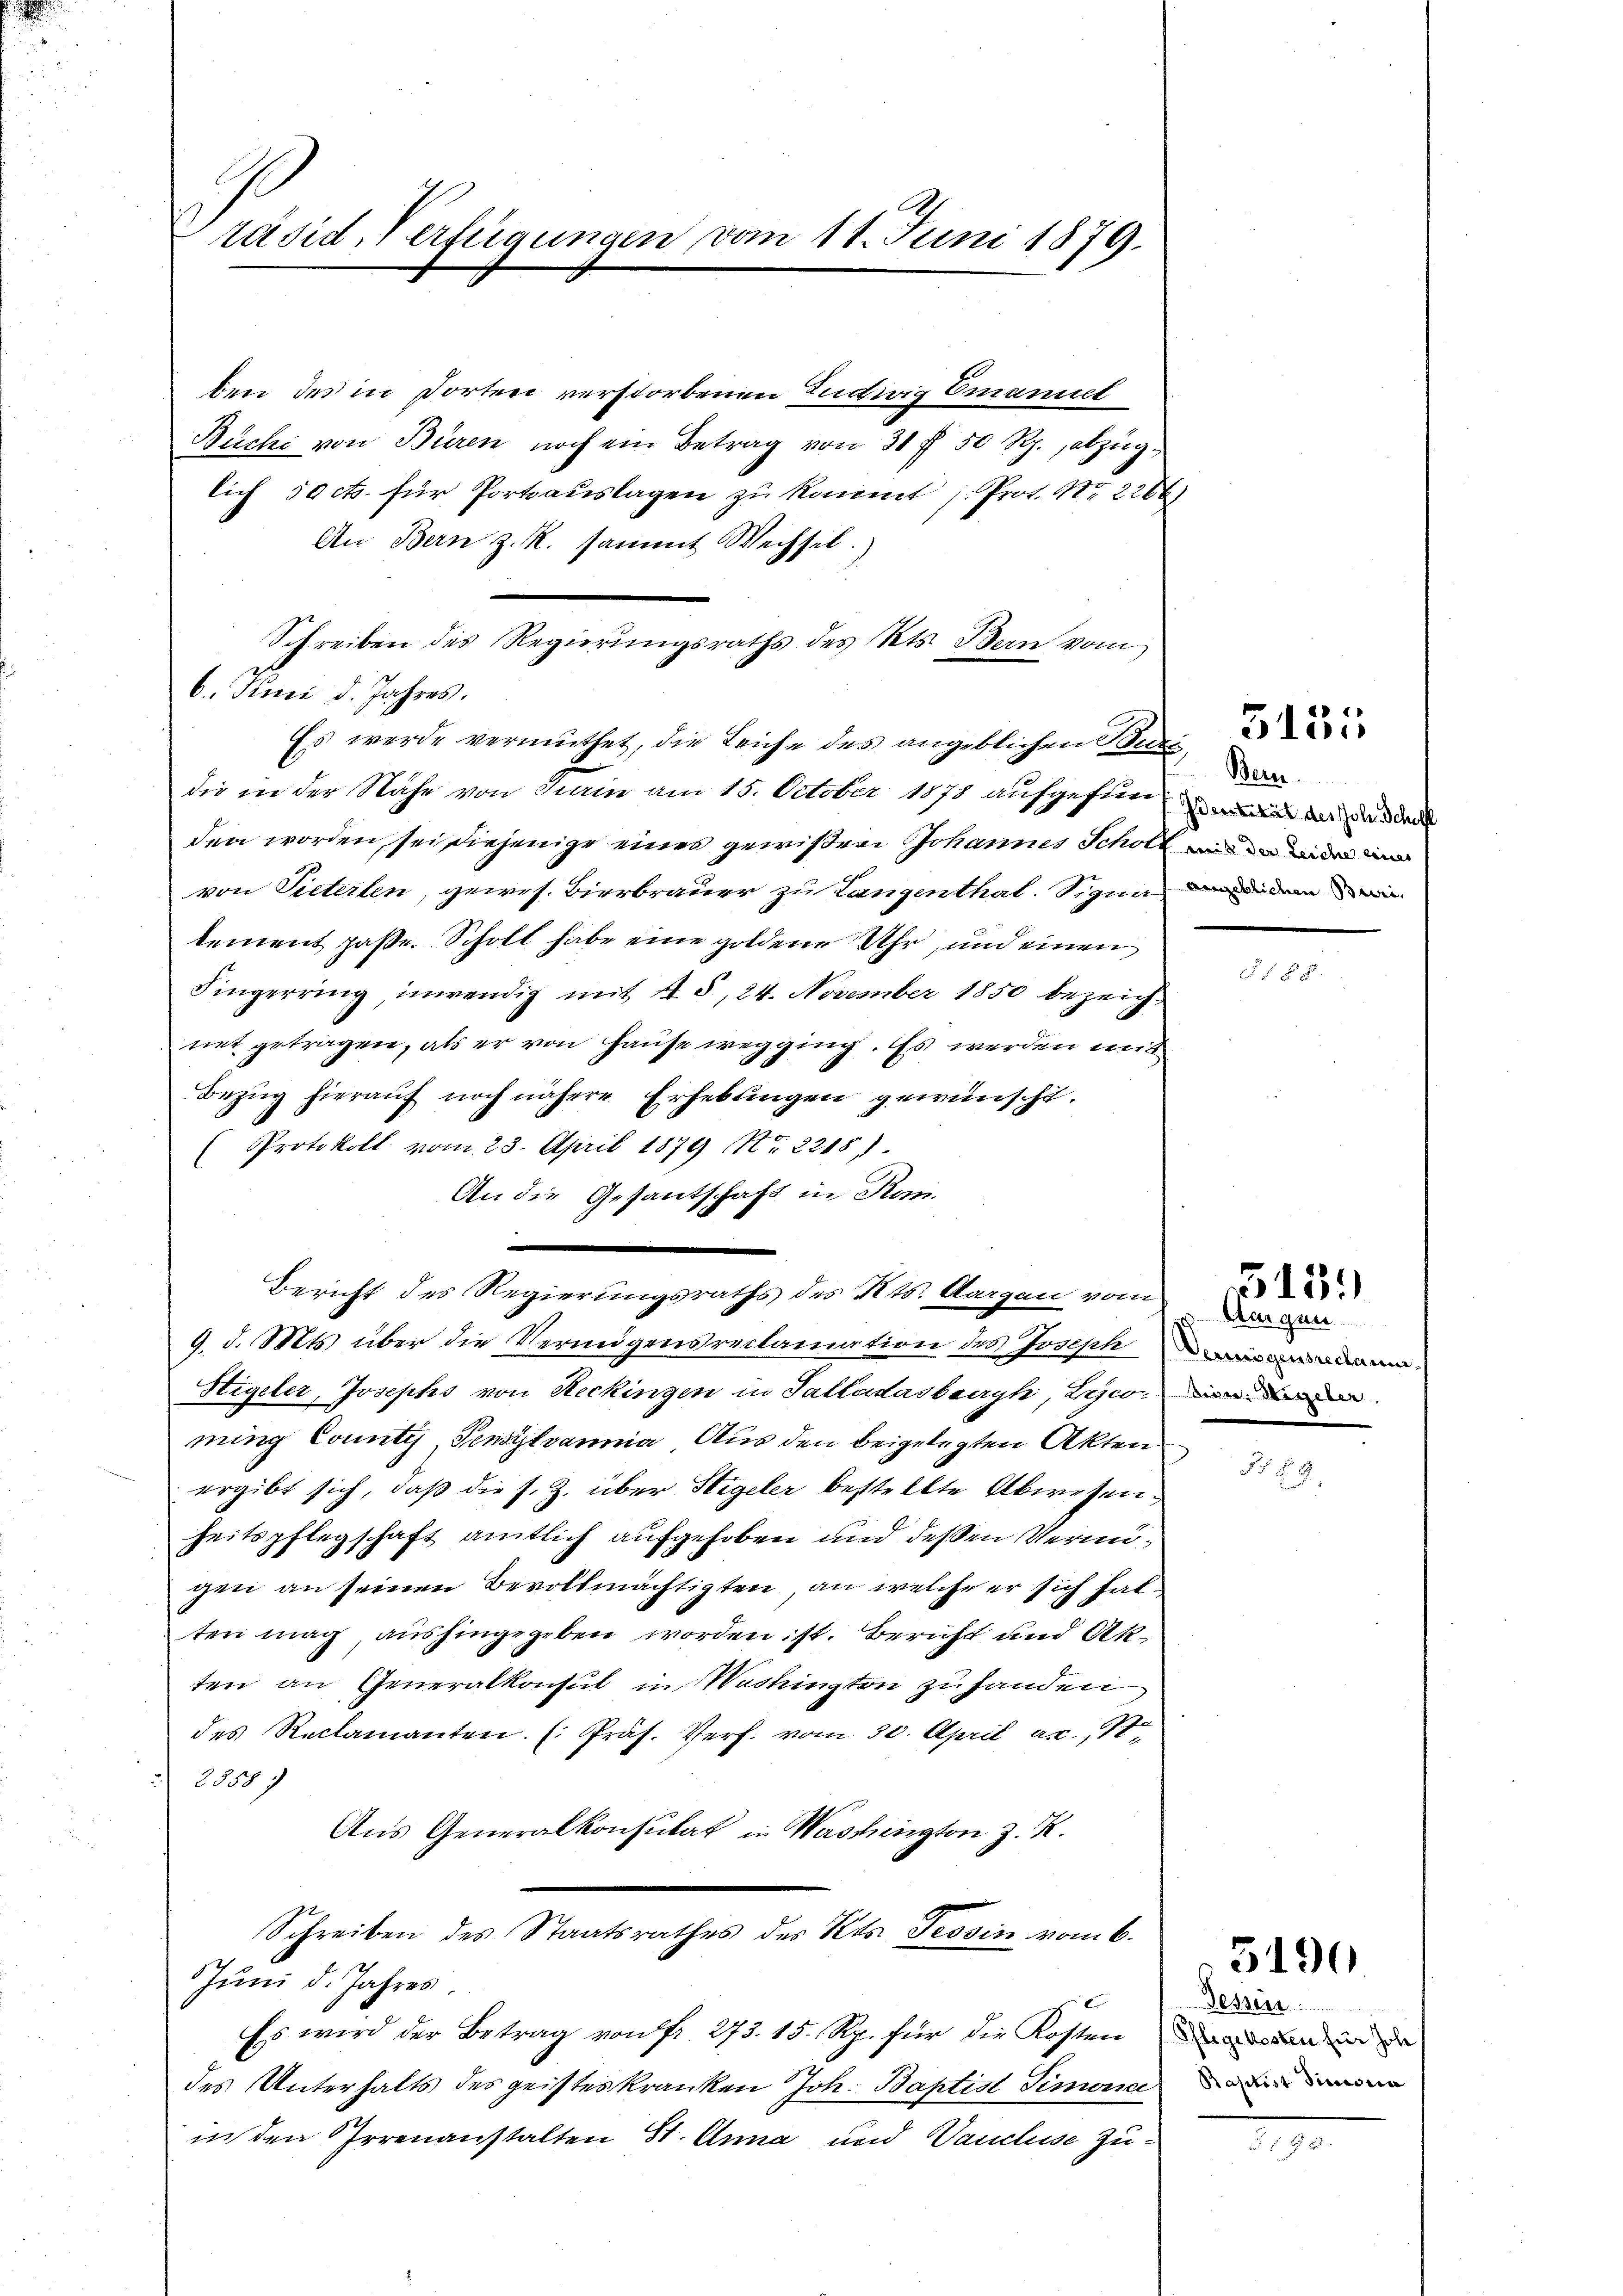
räsid-Verfügungen vom 11. Juni 1879.

6. Juni d. Jahres.

ben des in Dorten verstorbenen Ludwig Emanuel
Büchi von Büren noch ein Betrag von 30 f 50 Rp., abzüglich 50 cts. für Portoauslagen zu kannt /: Prot. Nr. 2266.
An Bern z. R. sammt Wechsel.
Schreiben des Regierungsraths des Kts. Ban vom
Es werde vermuthet, die Leiche des angeblichen Bezi
die in der Nähe von darin am 15. October 1878 aufgefunde der de
den worden, sei diejenige eines gewißen Johannes Scholt in den
von Pieterlen, gewes. Bierbrauer zu Langenthal. Signe darin dem ein
kement paße. Scholt habe eine goldene Uhr, und einen
Fingerring inwendig mit 45, 24. November 1850 bezeichnet getragen, als er von Hause wegging. Es werden mitt
Bezŭg hierauf noch nähere Erhebungen gewünscht.
(Protokoll vom 23. April 1879 No 2218)
An die Gesantschaft in Rom.
e
Bericht des Regierungsraths des Kts. Aargau vom
9. d. Mts. über die Vermögensreclamation des Josephinad
Sigeler, Josephs von Reckingen in Salladasbecryk, Lecoming County, Pensylvania Aus den beigelegten Akten
ergibt sich, daß die s. Z. über Sigeler bestellte Abwesen.
heitspflegschaft amtlich aufgehoben und dessen Vermugen an seinen Bevollmächtigten, an welche er sich hat
ten mag aushingegeben worden ist. Bericht und Akten an Generalkonsul in Washingten zu handen,
des Reclamanten (Präs. Verf. vom 30. April ac. St.
 2500 f
Aus Generalkonsulat in Washington z. R.
Schreiben des Staatsrathes des Kts. Tessin vom 6.
Juni d. Jahres.
Es wird der Betrag von fr. 273. 15. Rp. für die Kosten den in de
des Unterhalts des geisteskranken Joh. Baptist Simona
in den Irrenanstalten St. Anna und Vaucluse zu¬

Bern.

Amigen
Beden Wegeber

515.

Dessen
Baptist Simonia

3190